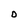
Character: O